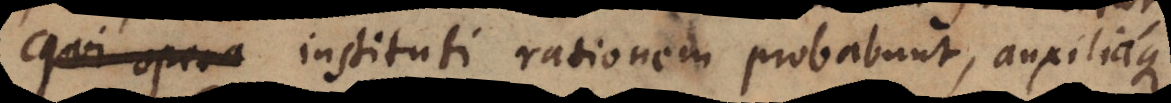
qui opera instituti rationem probabunt, auxiliaque